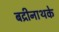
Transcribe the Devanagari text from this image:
बद्रीनाथके